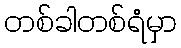
တစ်ခါတစ်ရံမှာ